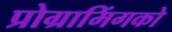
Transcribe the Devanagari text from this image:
प्रोग्रामिंगको